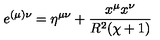
e ^ { ( \mu ) \nu } = \eta ^ { \mu \nu } + \frac { x ^ { \mu } x ^ { \nu } } { R ^ { 2 } ( \chi + 1 ) }